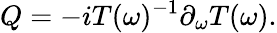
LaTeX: Q=-iT(\omega)^{-1}\partial_{\omega}T(\omega).